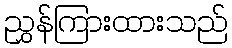
ညွှန်ကြားထားသည်